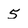
Character: 5